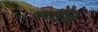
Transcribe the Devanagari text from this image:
मरळि